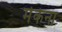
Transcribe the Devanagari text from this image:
मेकेना